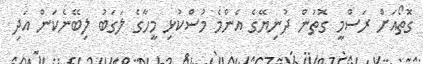
ގޮތޯއަށް ރަސްމީ ގޮތުން ދުނިޔޭގެ އެންމެ މުސްކުޅި މީހާގެ ލަގަބު ލިބޭނެކަން އަދި